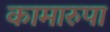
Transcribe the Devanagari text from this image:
कामारुपा